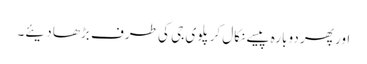
اور پھر دوبارہ پیسے نکال کر پلوی جی کی طرف بڑھا دیئے۔